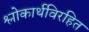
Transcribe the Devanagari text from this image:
श्लोकार्थविरहित